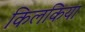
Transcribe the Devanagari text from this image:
किलकिया